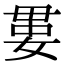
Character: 𡞔